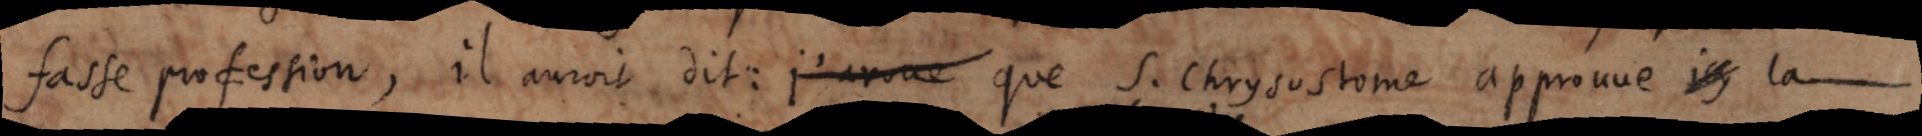
fasse profession, il auroit dit : j’avoue que S. Chrysostome approuve icy la